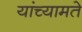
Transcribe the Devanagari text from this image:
यांच्यामते